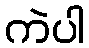
ကဲပါ